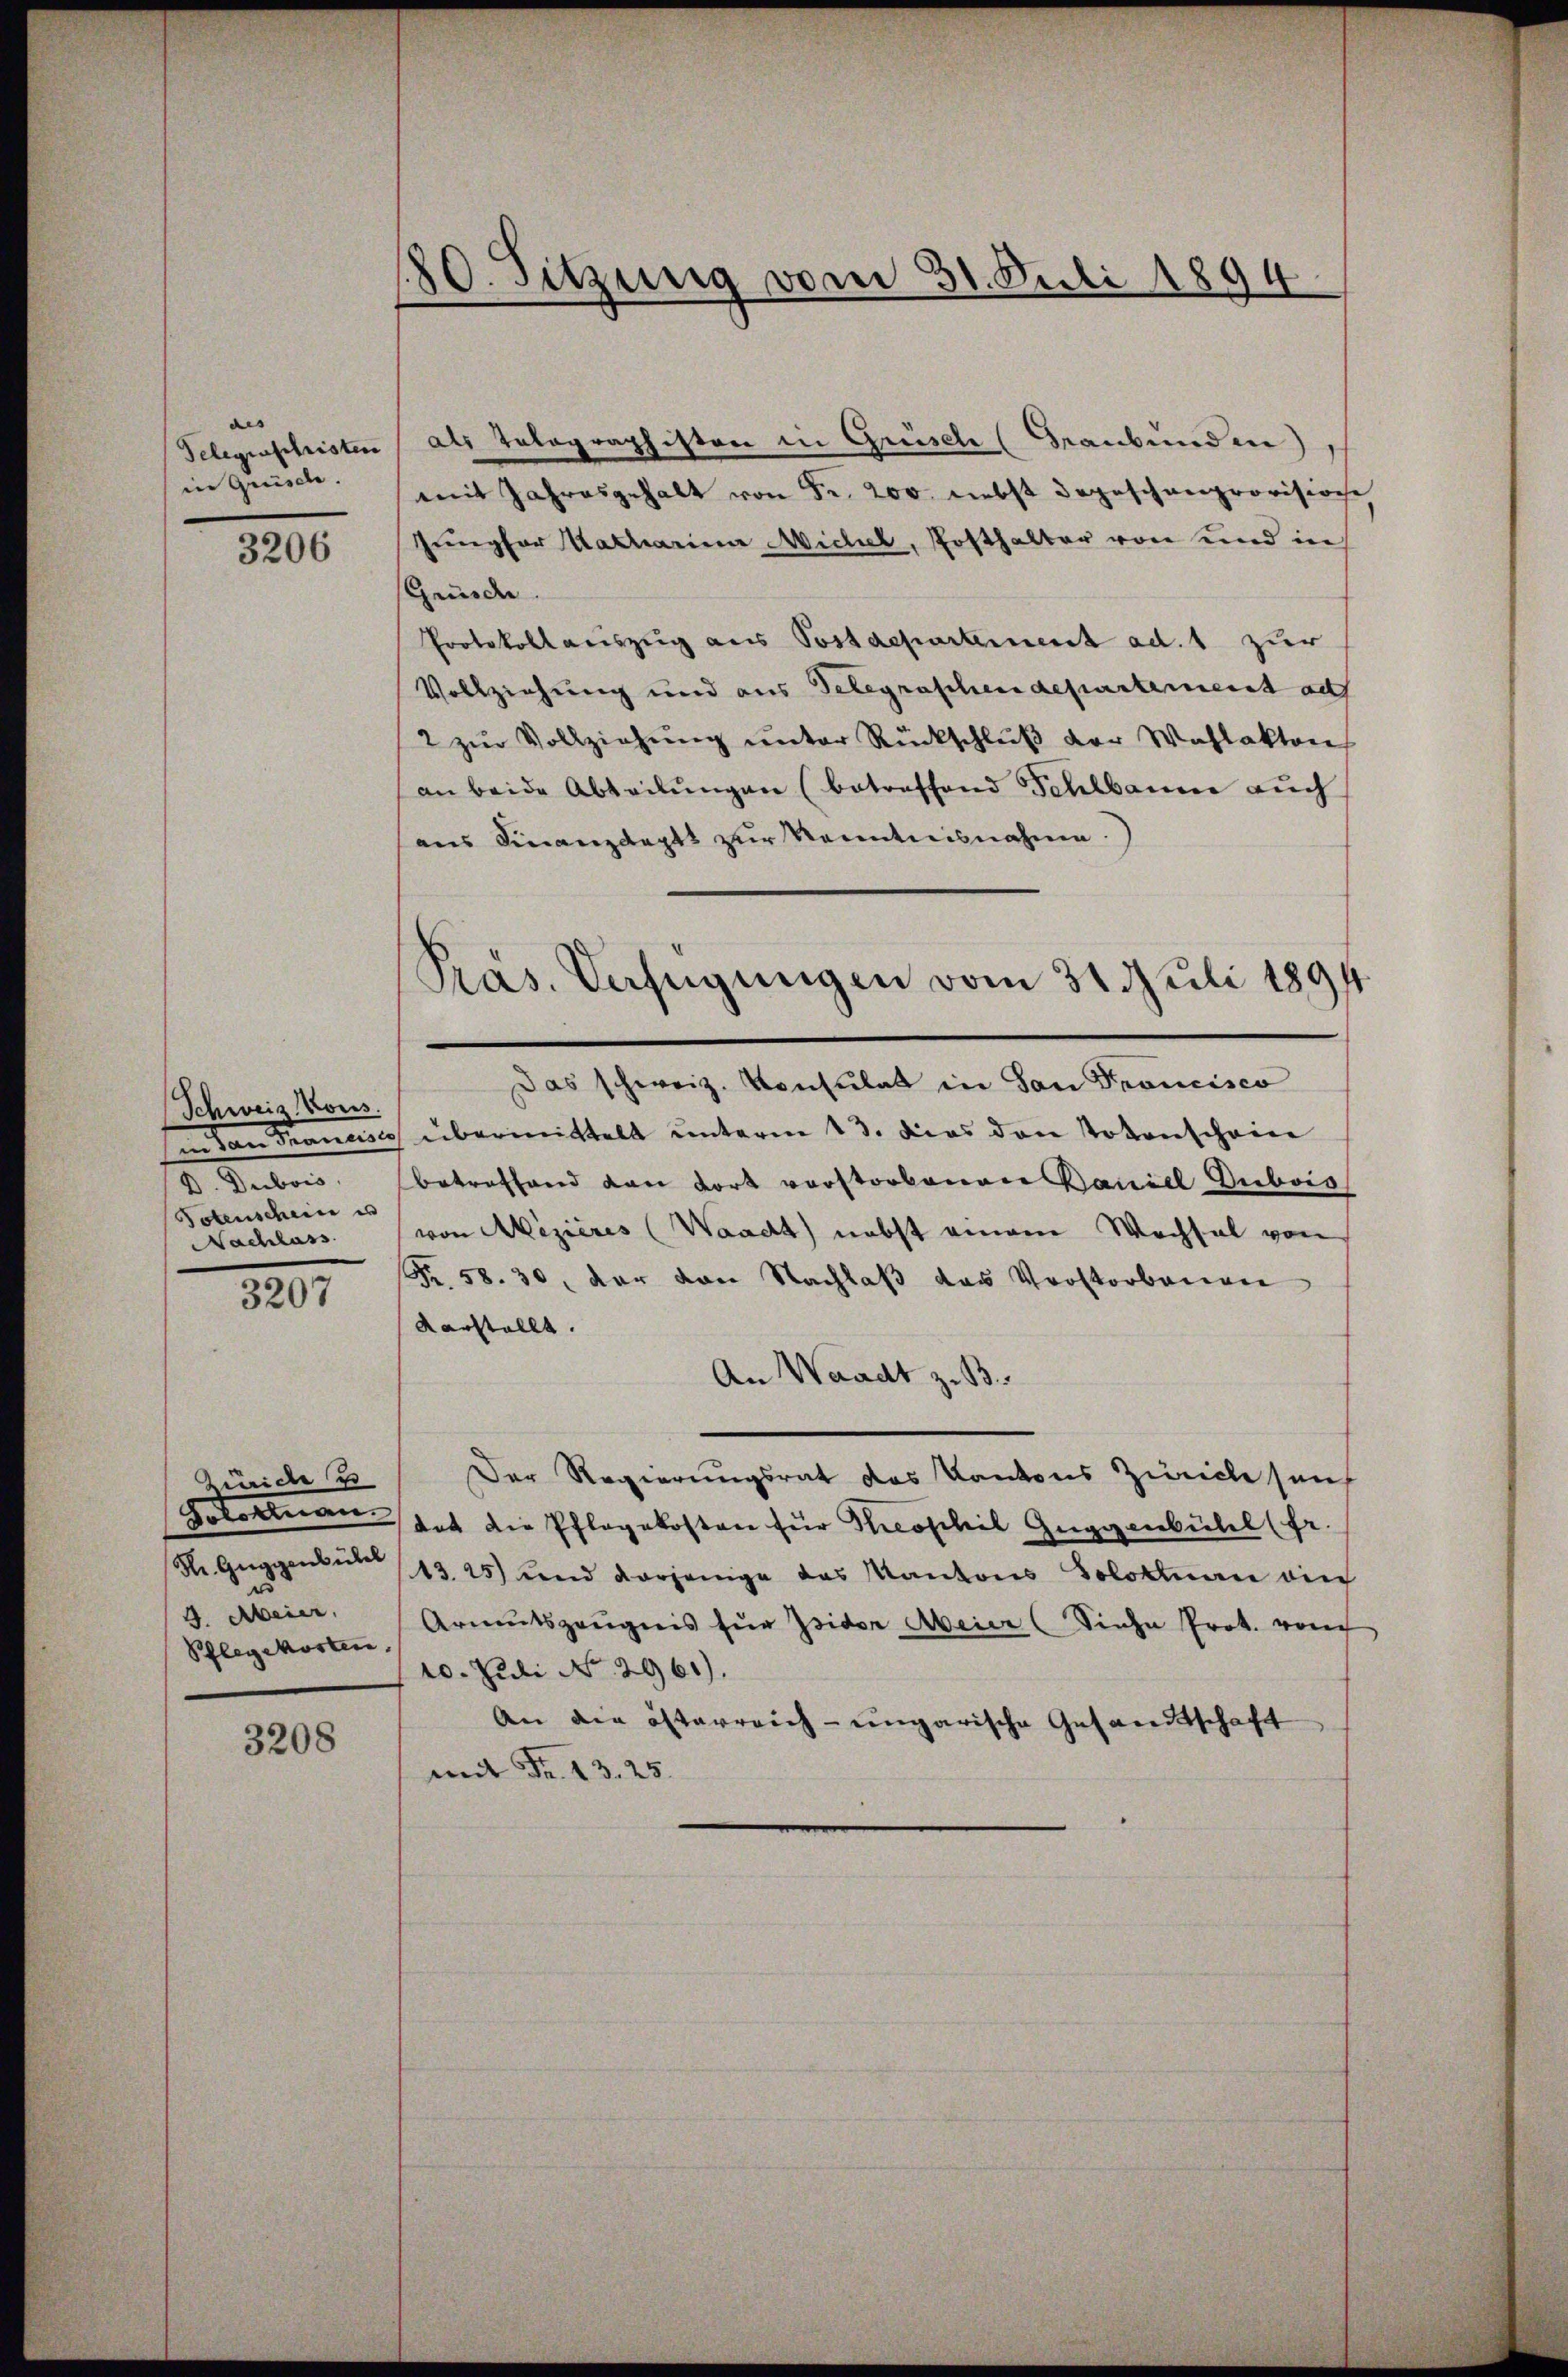
des
Gelegenschristen
in Grüsch.

3206

Schweiz. Kons.
Potenschein un
Nachlass

3207

Zürich u
Rr. Guggenbühel
J. Meier,
Pflegekosten,

3208

180. Sitzung vom 31. Juli 1894.

als Telegraphisten in Grüsch (Graubünden),
mit Jahresgehalt von Fr. 200. nebst dageschenprovisione
Jungfer Katharina Michael, Posthalter von und in
Gründe
Protokollauszug aus Postdepartement ad. 1 zur
Vollziehung und aus Telegraschendepartement auf
/2 zur Vollziehung unter Rückschlŭβ der Wahlakten
an beide Abteilŭngen (betreffend Schlbaum auch
aus Finanzdepts zur Kenntnisnahme.
(in den Francs übermittelt unterm 13. dies den Totenschein
D. Dubois, betreffend von dort vorstorbenen Baniel Dubois
von Mezières (Waadt nebst einem Wechsel von
Fr. 58. 30, der von Nachlaß das Verstorbenen
darstellt.
An Waadt z. B.
Der Regierungsrat des Kantons Züricle sans
Golontan hat die Pflegekosten für Theophil Guggenbühel (fr.
13.25) und vorjenige des Kantons Solottan ain
Armutszeŭgnis für Isidor Meier (Siehe Prot. von
10. Juli No 2961).
An die österreich-ungarische Gesandtschaft
mit Fr. 13. 25.

Pras. Verfügungen vom 31. Juli 1894.
Das schweiz. Konsulat in San Francisco